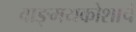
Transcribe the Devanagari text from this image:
वाङ्मयकोशाचे